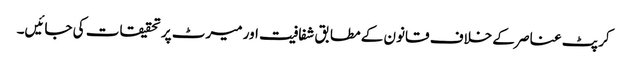
کرپٹ عناصر کے خلاف قانون کے مطابق شفافیت اور میرٹ پر تحقیقات کی جائیں۔